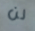
لن